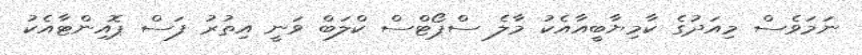
ނަމަވެސް މިއަދުގެ ކާމިޔާބީއާއެކު މާލެ ސްޕޯޓްސް ކްލަބް ވަނީ އިތުރު ފަސް ޕޮއިންޓާއެކު